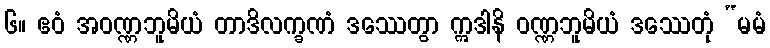
၆။ ဧဝံ အဝဏ္ဏဘူမိယံ တာဒိလက္ခဏံ ဒဿေတွာ ဣဒါနိ ဝဏ္ဏဘူမိယံ ဒဿေတုံ “မမံ